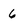
Character: 6